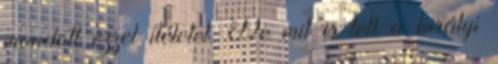
mondott ezzel ítéletet. De mit is tett a királyi